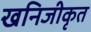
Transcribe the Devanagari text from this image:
खनिजीकृत